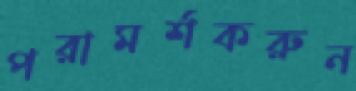
পরামর্শকরুন